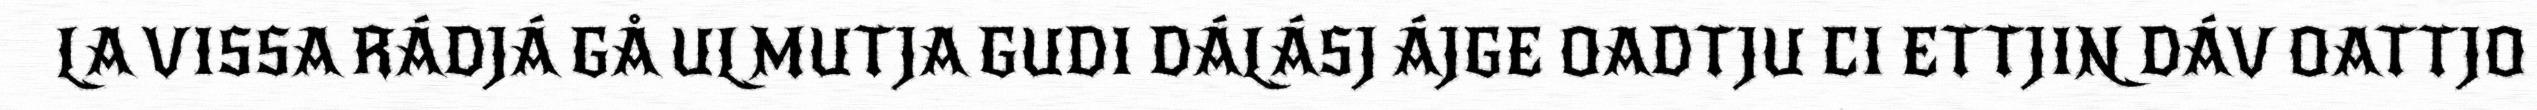
LA VISSA RÁDJÁ GÅ ULMUTJA GUDI DÁLÁSJ ÁJGE OADTJU CI ETTJIN DÁV OATTJO